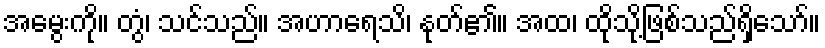
အမွေးကို။ တွံ၊ သင်သည်။ အဟာရေသိ၊ နုတ်၏။ အထ၊ ထိုသို့ဖြစ်သည်ရှိသော်။